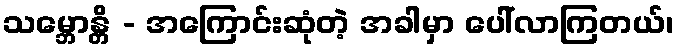
သမ္ဘောန္တိ - အကြောင်းဆုံတဲ့ အခါမှာ ပေါ်လာကြတယ်၊